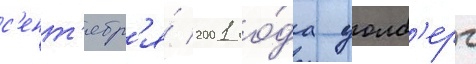
с'ент'ябр'я́ 2001 го́да уолб'ерг